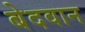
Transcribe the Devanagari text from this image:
बेदवान